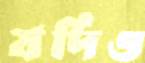
যদিও